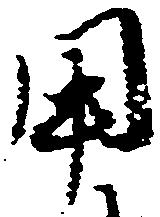
用